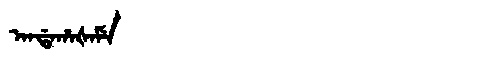
Manchu: ᠠᠨᡩᠠᡥᠠᡧᠠᠮᡝ
Romanization: ANDAHAŠAME